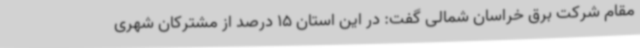
مقام شرکت برق خراسان شمالی گفت: در این استان 15 درصد از مشترکان شهری